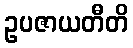
ဥပဇာယတီတိ